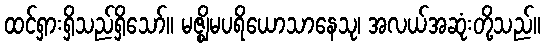
ထင်ရှားရှိသည်ရှိသော်။ မဇ္ဈိမပရိယောသာနေသု၊ အလယ်အဆုံးတို့သည်။